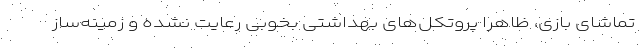
تماشای بازی، ظاهرا پروتکل‌های بهداشتی بخوبی رعایت نشده و زمینه‌ساز